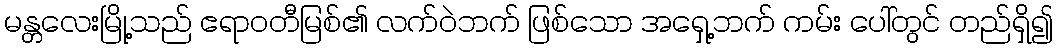
မန္တလေးမြို့သည် ဧရာဝတီမြစ်၏ လက်ဝဲဘက် ဖြစ်သော အရှေ့ဘက် ကမ်း ပေါ်တွင် တည်ရှိ၍